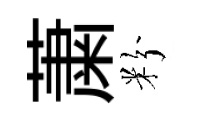
䔥粉